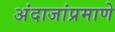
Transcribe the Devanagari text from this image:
अंदाजांप्रमाणे